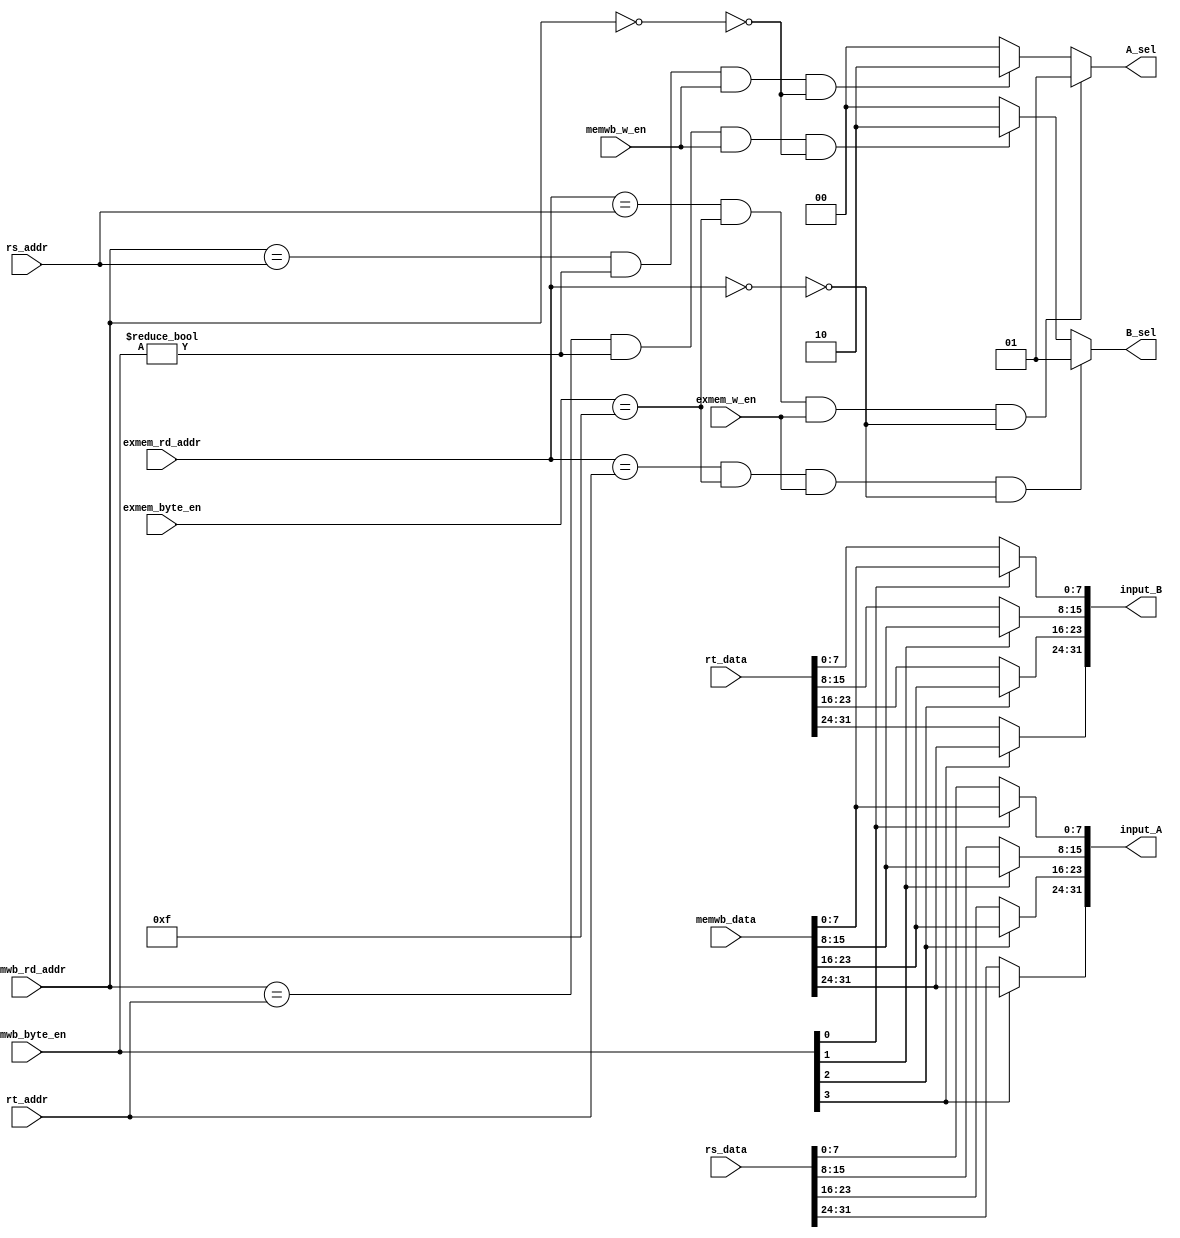
`timescale 1ns / 1ps
//////////////////////////////////////////////////////////////////////////////////
// Company: 
// 
// Design Name: 
// Module Name: ForwardUnit
// Project Name: 
// Target Devices: 
// Tool Versions: 
// Description: 
// 
// Dependencies: 
// 
// Revision:
// Revision 0.01 - File Created
// Additional Comments:
// 
//////////////////////////////////////////////////////////////////////////////////


module ForwardUnit #(parameter DATA_WIDTH = 32,parameter ADDR_WIDTH = 5)(
    input [(DATA_WIDTH-1):0] rs_data,rt_data,memwb_data,
    input [(ADDR_WIDTH-1):0] rs_addr,rt_addr,exmem_rd_addr,memwb_rd_addr,
    input [3:0] exmem_byte_en,memwb_byte_en,
    input exmem_w_en,memwb_w_en,
    
    output reg [(DATA_WIDTH-1):0] input_A,input_B,
    output reg [1:0] A_sel,B_sel
    );
    
    //change wb_data(input_A,input_B) due to rs_data/rt_data,memwb_data,memwb_byte_en;
    //caculator input_A
    always @ (*) begin
        input_A = rs_data;
        if(memwb_byte_en[3] == 1'b1) input_A[31:24] = memwb_data[31:24];
        if(memwb_byte_en[2] == 1'b1) input_A[23:16] = memwb_data[23:16];
        if(memwb_byte_en[1] == 1'b1) input_A[15:8] = memwb_data[15:8];
        if(memwb_byte_en[0] == 1'b1) input_A[7:0] = memwb_data[7:0];
    end
    
    //caculator input_B
    always @ (*) begin
        input_B = rt_data;
        if(memwb_byte_en[3] == 1'b1) input_B[31:24] = memwb_data[31:24];
        if(memwb_byte_en[2] == 1'b1) input_B[23:16] = memwb_data[23:16];
        if(memwb_byte_en[1] == 1'b1) input_B[15:8] = memwb_data[15:8];
        if(memwb_byte_en[0] == 1'b1) input_B[7:0] = memwb_data[7:0];
    end
    
    // Detect and avoid $0
    wire is_exmem_rd_zero = (exmem_rd_addr == 0);
    wire is_memwb_rd_zero = (memwb_rd_addr == 0);

    //decide forward A_sel,occur together:Ex/Mem > Mem/Wb
    always @ (*) begin
        if(exmem_rd_addr == rs_addr && exmem_byte_en == 4'b1111 &&
            exmem_w_en && !is_exmem_rd_zero)
            A_sel = 2'b01;
        else if(memwb_rd_addr == rs_addr && memwb_byte_en != 4'b0000 &&
            memwb_w_en && !is_memwb_rd_zero)
            A_sel = 2'b10;
        else
            A_sel = 2'b00;
    end
    
    //decide forward B_sel,occur together:Ex/Mem > Mem/Wb
    always @ (*) begin
        if(exmem_rd_addr == rt_addr && exmem_byte_en == 4'b1111 &&
            exmem_w_en && !is_exmem_rd_zero)
            B_sel = 2'b01;
        else if(memwb_rd_addr == rt_addr && memwb_byte_en != 4'b0000 &&
            memwb_w_en && !is_memwb_rd_zero)
            B_sel = 2'b10;
        else
            B_sel = 2'b00;
    end
endmodule